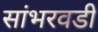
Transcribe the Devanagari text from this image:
सांभरवडी